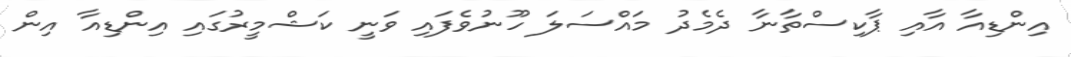
އިންޑިއާ އާއި ޕާކިސްތާނާ ދެމެދު މައްސަލަ ހޫނުވެފައި ވަނީ ކަޝްމީރުގައި އިންޑިއާ އިން